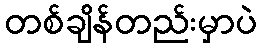
တစ်ချိန်တည်းမှာပဲ